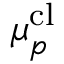
\boldsymbol { \mu } _ { p } ^ { \mathrm { c l } }